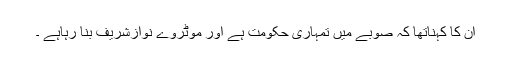
ان کا کہناتھا کہ صوبے میں تمہاری حکومت ہے اور موٹروے نوازشریف بنا رہاہے ۔